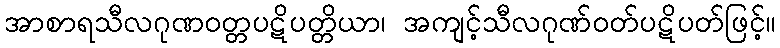
အာစာရသီလဂုဏဝတ္တပဋိပတ္တိယာ၊ အကျင့်သီလဂုဏ်ဝတ်ပဋိပတ်ဖြင့်။